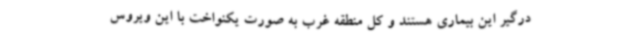
درگیر این بیماری هستند و کل منطقه غرب به صورت یکنواخت با این ویروس